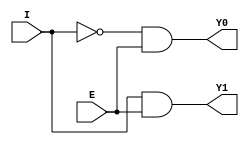
`timescale 1ns / 1ps
//////////////////////////////////////////////////////////////////////////////////
// Company: 
// Engineer: 
// 
// Design Name: 
// Module Name: decoder
// Project Name: 
// Target Devices: 
// Tool Versions: 
// Description: 
// 
// Dependencies: 
// 
// Revision:
// Revision 0.01 - File Created
// Additional Comments:
// 
//////////////////////////////////////////////////////////////////////////////////


module decoder(
    input E,I,
    output Y0,Y1
    );
    wire t1;
    not ins(t1, I);
    and in1(Y0, t1, E);
    and in2(Y1, I, E);
endmodule